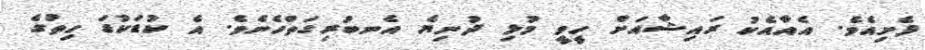
ފެށިއެވެ. އެއާއެކު ރައިޝާއަށް ހީވީ މުޅި ދުނިޔެ އެނބުރިގަތްހެނެވެ. އެ ކުޑަކުޑަ ހިތުގެ